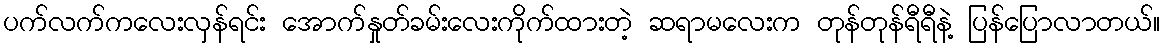
ပက်လက်ကလေးလှန်ရင်း အောက်နှုတ်ခမ်းလေးကိုက်ထားတဲ့ ဆရာမလေးက တုန်တုန်ရီရီနဲ့ ပြန်ပြောလာတယ်။